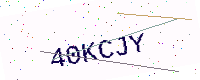
Text: 40KCJY